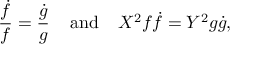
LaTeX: \frac { \dot { f } } { f } = \frac { \dot { g } } { g } \; \; \; \; { \mathrm { a n d } } \; \; \; \; X ^ { 2 } f \dot { f } = Y ^ { 2 } g \dot { g } ,